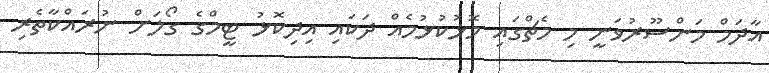
އާދަމް މަންސޫރުވަނީ މި މެޗްގައި މޮޅުކުޅުމެއް ދަކައި އިދިކޮޅު ޓީމްގެ ގޯލަށް ނުރައްކާތެރި